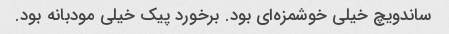
ساندویچ خیلی خوشمزه‌ای بود. برخورد پیک خیلی مودبانه بود.